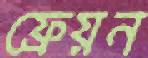
ফ্রেয়ন